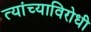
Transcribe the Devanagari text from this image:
त्यांच्याविरोधी